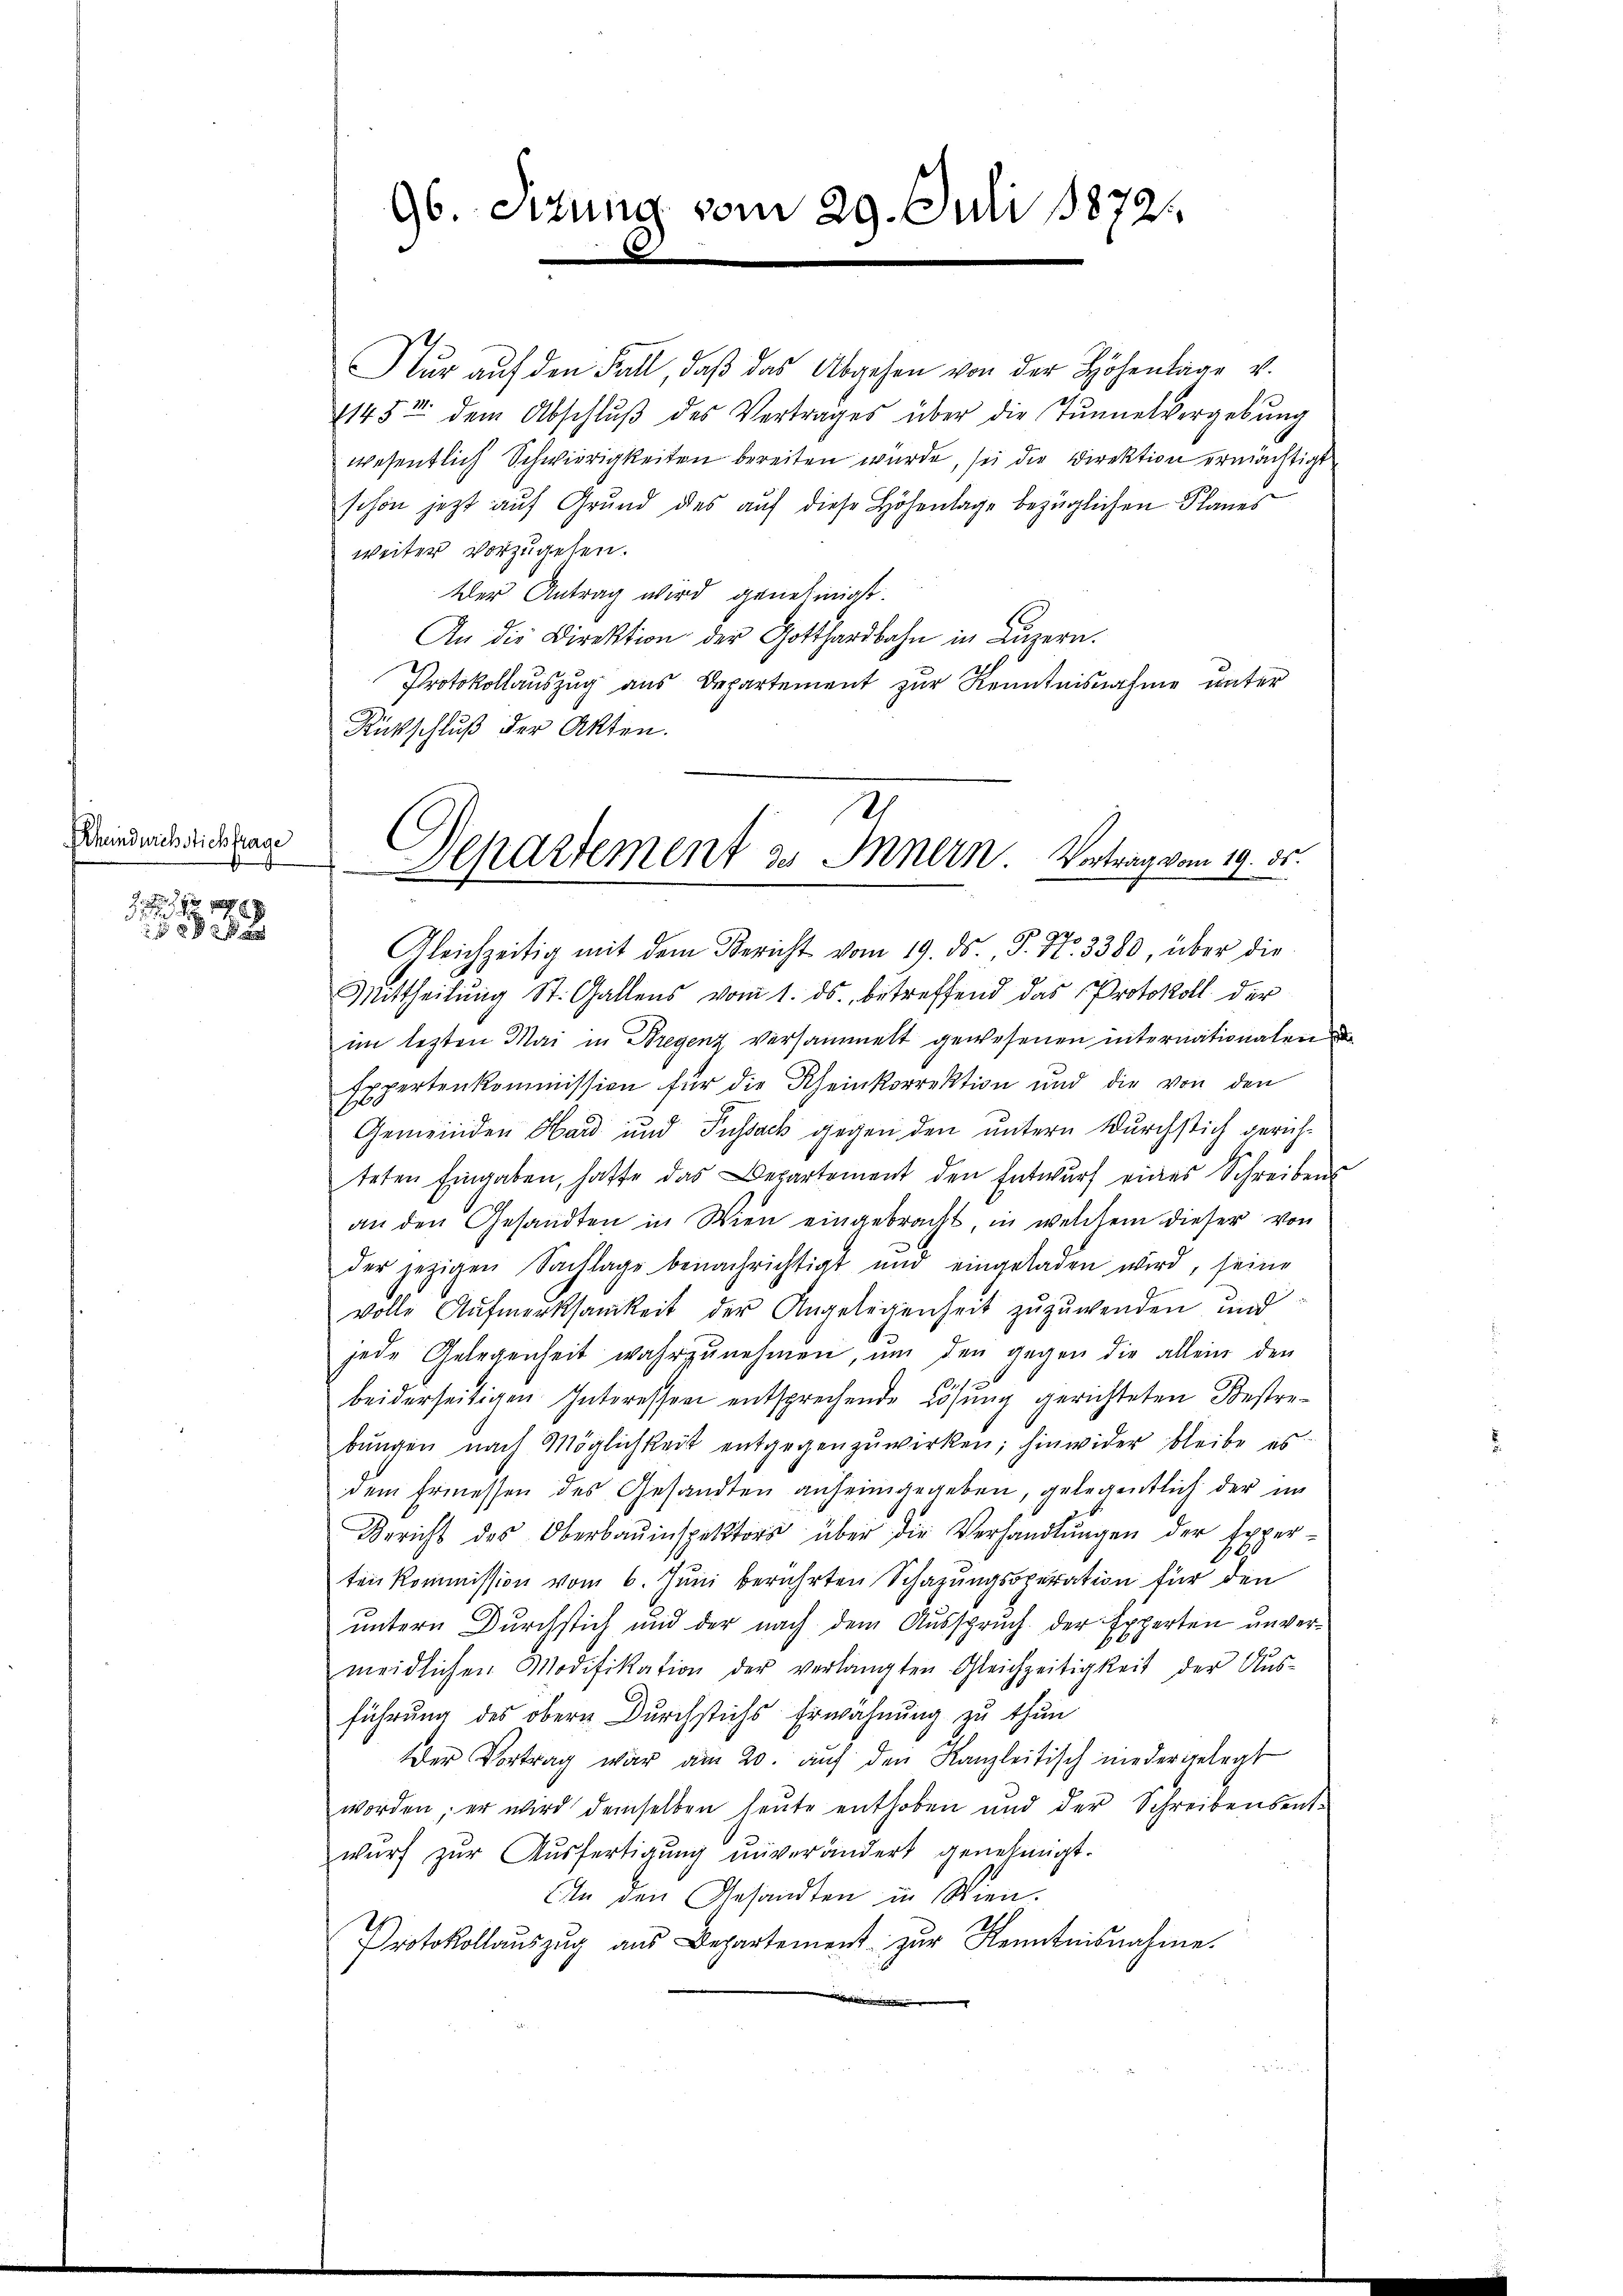
Rheindurchstich frage

1 189

96. Situng vom 29. Juli 188721.

Nur auf den Fall, daß das Abgehen von der Höhenlage v.
145t dem Abschlŭβ des Vertrages über die Tŭnnelvergebung
wesentlich Schwierigkeiten bereiten wurde, sei die Direktion ermächtigt
schon jetzt auf Grund des auf diese Höhenlage bezüglichen Plauer
weiter vorzugehen.
Der Antrag wird genehmigt.
An die Direktion der Gotthardbahn in Luzern.
Protokollauszug aus Departement zur Kenntnisnahme unter
Rückschluß der Akten.
979
Gleichzeitig mit dem Bericht vom 19. ds. S. 11. 3383, über die
Mittheilung St. Gallens vom 1. ds. betreffend das Protokoll der
im lezten Mai in Bregenz versammelt gewesenen internationalen
Expertenkommission für die Rheinkorrektion und die von den
Gemeinden Hard und Fussack gegen den untern durchstich gerichteten Eingaben, hatte das Departement den Entwŭrf eines Schreibens
an den Gesandten in Wien eingebracht, in welchem dieser von
der jezigen Sachlage benachrichtigt und eingeladen wird, seine
volle Aufmerksamkeit der Angelegenheit zuzuwenden, und
jede Gelegenheit wahrzunehmen, um den gegen die allein den
beiderseitigen Interessen entsprechende Lösung gerichteten Bestrebŭngen nach Möglichkeit entgegenzŭwirken; hinwider bleibe es
dem Ermessen des Gesandten anheimgegeben, gelegentlich der im
Bericht des Oberbauinspektor über die Verhandlŭngen der Expertenkommission vom 6. Juni berührten Schazungsoperation für den
untern Durchstich und der nach dem Ausspruch der Experten unvermeidlichen Modifikation der verlangten Gleichzeitigkeit der Aŭs-
führung des obern Durchstichs Erwähnung zu thun
Der Vortrag war am 20. aŭf den Kanzleitisch niedergelegt
worden, er wird demselben heute enthoben und der Schreibensent-
wurf zŭr Aŭsfertigung unverändert genehmigt.
An den Gesandten in Wien.
Protokollaŭszŭg aŭs Departement zŭr Kenntnisnahme.

Ih
Separtement es Innern. Vortrag vom 19. ds.